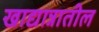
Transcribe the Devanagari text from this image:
खाद्यान्नातील